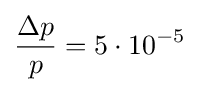
{\frac {\Delta p}{p}}=5\cdot 10^{-5}